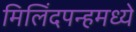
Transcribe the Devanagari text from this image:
मिलिंदपन्हमध्ये